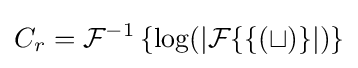
C_{r}={\mathcal {F}}^{-1}\left\{\log({\mathcal {|{\mathcal {F}}\{f(t)\}|}})\right\}